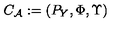
{ { C } _ { \cal A } } : = ( P _ { Y } , \Phi , \Upsilon )